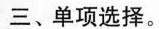
三、单项选择。